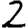
Digit: 2